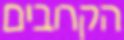
הקרובים